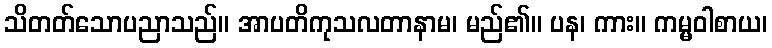
သိတတ်သောပညာသည်။ အာပတိကုသလတာနာမ၊ မည်၏။ ပန၊ ကား။ ကမ္မဝါစာယ၊